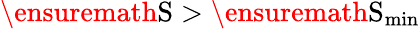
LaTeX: \ensuremath\mathrm{{S}}>\ensuremath\mathrm{{S}}_{\mathrm{min}}